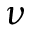
\nu